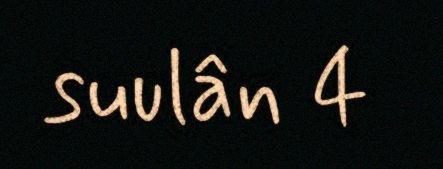
suulân 4